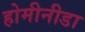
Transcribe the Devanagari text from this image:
होमीनीडा